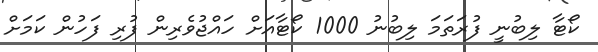
ކޯޓާ ލިބުނީ ފުރަތަމަ ލިބުނު 1000 ކޯޓާއަށް ހައްޖުވެރިން ފުރި ފަހުން ކަމަށް